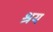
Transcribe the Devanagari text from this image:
श्रय